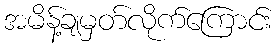
အမိန့်ချမှတ်လိုက်ကြောင်း